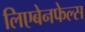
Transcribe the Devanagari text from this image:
लिएबेनफेल्स